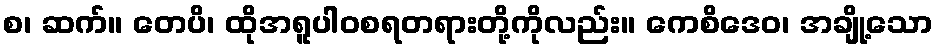
စ၊ ဆက်။ တေပိ၊ ထိုအရူပါဝစရတရားတို့ကိုလည်း။ ကေစိဒေဝ၊ အချို့သော